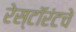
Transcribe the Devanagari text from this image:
रेस्टॉरंटचे